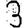
Digit: 3